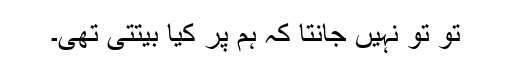
تو تو نہیں جانتا کہ ہم پر کیا بیتتی تھی۔